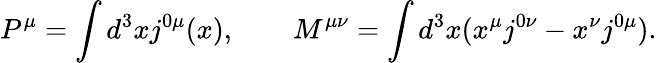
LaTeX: P^{\mu}=\int d^{3}xj^{0\mu}(x),\quad\quad M^{\mu\nu}=\int d^{3}x(x^{\mu}j^{0\nu}-x^{\nu}j^{0\mu}).